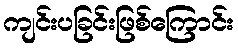
ကျင်းပခြင်းဖြစ်ကြောင်း